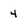
Character: 4